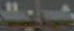
شمال